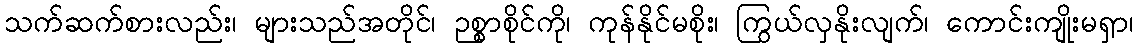
သက်ဆက်စားလည်း၊ များသည်အတိုင်၊ ဉစ္စာစိုင်ကို၊ ကုန်နိုင်မစိုး၊ ကြွယ်လှနိုးလျက်၊ ကောင်းကျိုးမရှာ၊